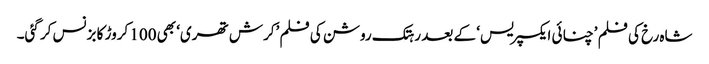
شاہ رخ کی فلم ’چنائی ایکسپریس‘ کے بعد رہتک روشن کی فلم ’کرش تھری‘ بھی 100 کروڑ کا بزنس کر گئی۔